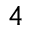
^ { 4 }